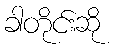
ခါတိုင်းဆို